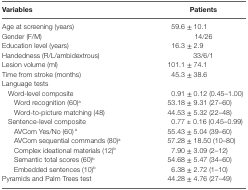
| Variables | Patients |
 | --- | --- |
 | Age at screening (years) | 59.6 ± 10.1 |
 | Gender (F/M) | 14/26 |
 | Education level (years) | 16.3 ± 2.9 |
 | Handedness (R/L/ambidextrous) | 33/6/1 |
 | Lesion volume (ml) | 101.1 ± 74.1 |
 | Time from stroke (months) | 45.3 ± 38.6 |
 | Language tests |  |
 | Word-level composite | 0.91 ± 0.12 (0.45–1.00) |
 | Word recognition (60)a | 53.18 ± 9.31 (27–60) |
 | Word-to-picture matching (48) | 44.53 ± 5.32 (22–48) |
 | Sentence-level composite | 0.77 ± 0.16 (0.45–0.99) |
 | AVCom Yes/No (60)a | 55.43 ± 5.04 (39–60) |
 | AVCom sequential commands (80)a | 57.28 ± 18.50 (10–80) |
 | Complex ideational materials (12)b | 7.90 ± 3.09 (2–12) |
 | Semantic total scores (60)b | 54.68 ± 5.47 (34–60) |
 | Embedded sentences (10)b | 6.38 ± 2.72 (1–10) |
 | Pyramids and Palm Trees test | 44.28 ± 4.76 (27–49) |